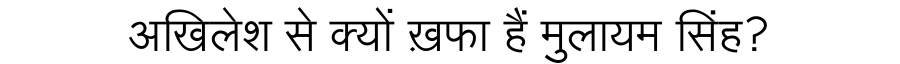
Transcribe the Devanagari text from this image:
अखिलेश से क्यों ख़फा हैं मुलायम सिंह?